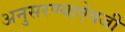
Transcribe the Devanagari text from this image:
अनुसरण्‍याऐवजी